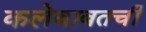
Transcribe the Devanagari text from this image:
कलेबाबतची